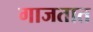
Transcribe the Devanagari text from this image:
गाजतात